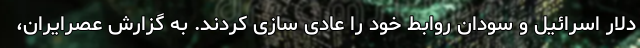
دلار اسرائیل و سودان روابط خود را عادی سازی کردند. به گزارش عصرایران،